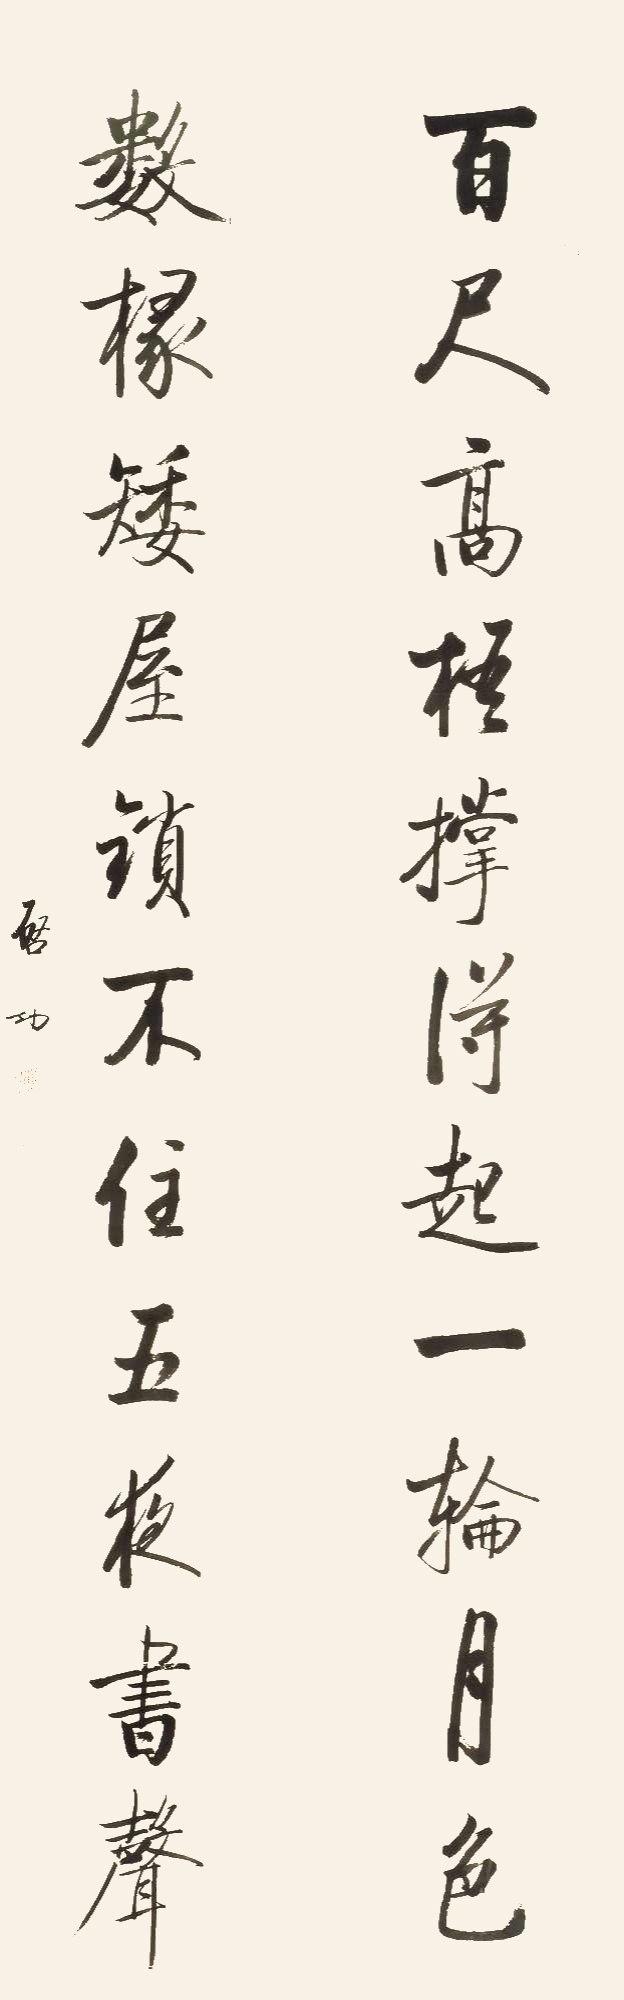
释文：百尺高梧，撑得起一轮月色；数椽矮屋，锁不住五夜书声。启功。